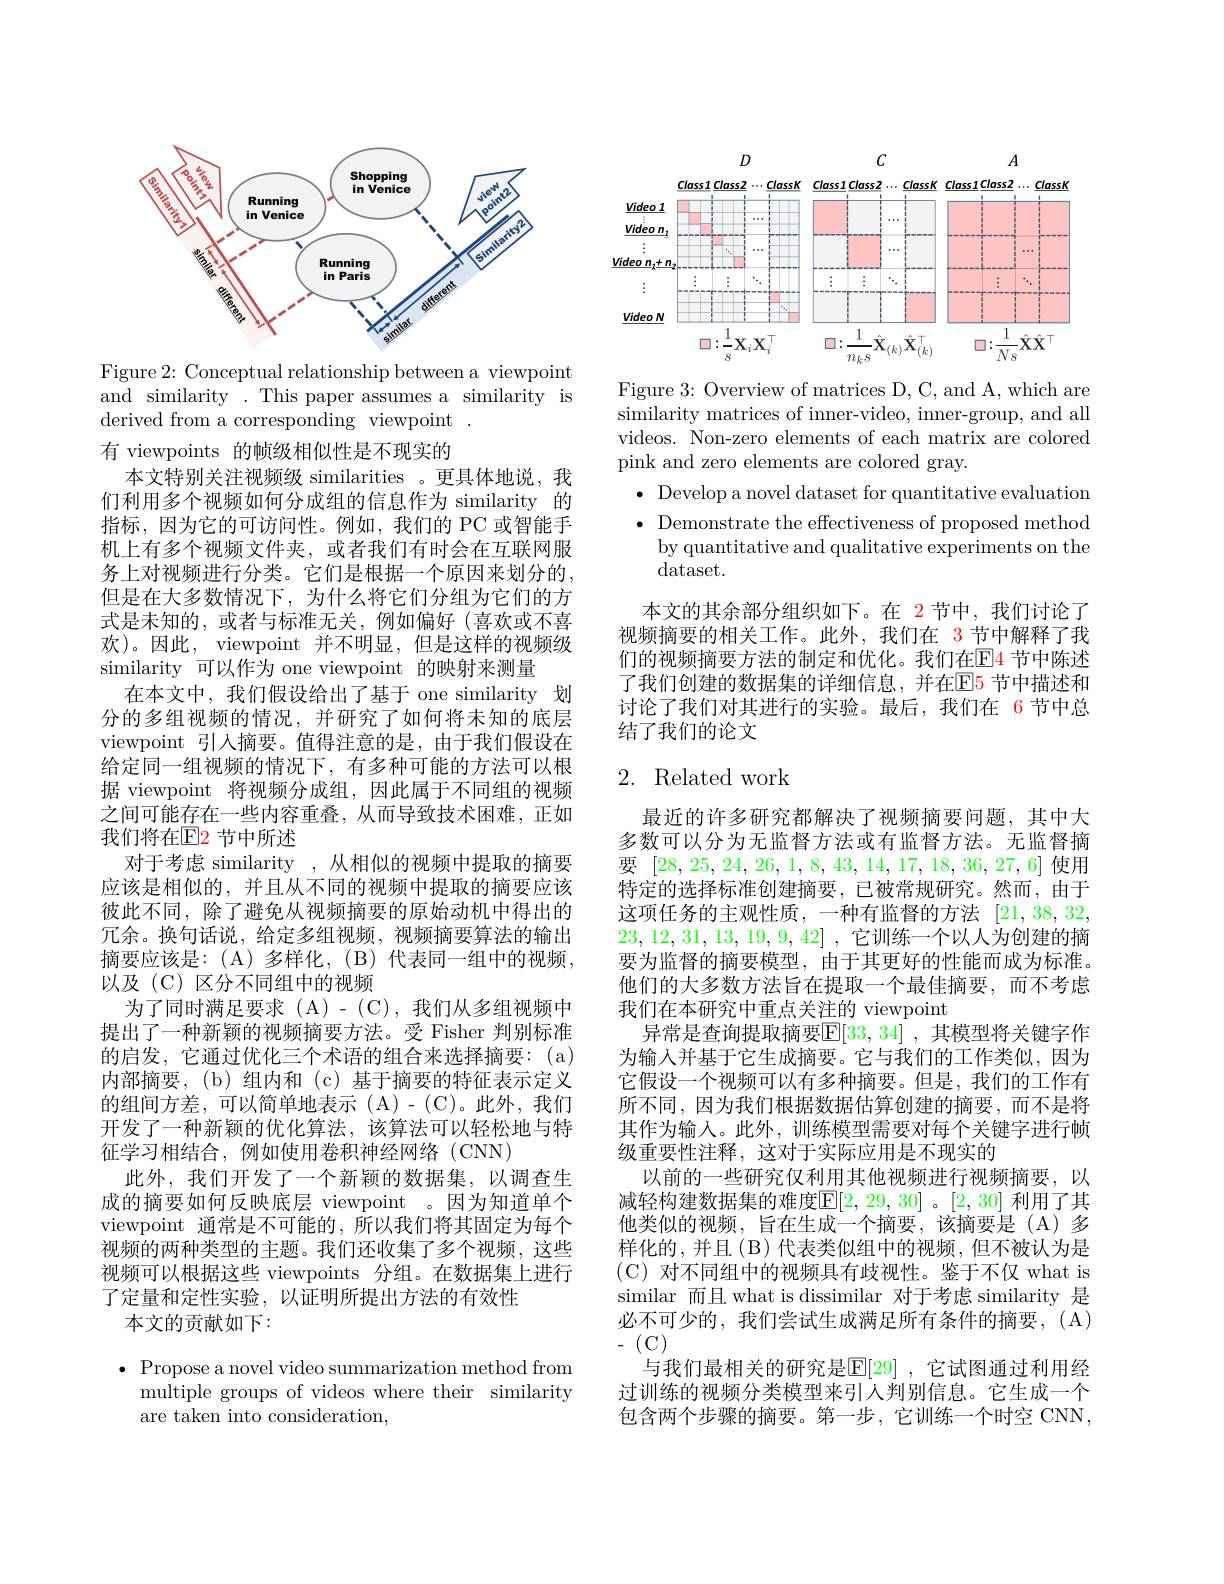
<FigureHere>

Figure 2: Conceptual relationship between a viewpoint and similarity .This paper assumes a similarity is derived from a corresponding viewpoint .

有 viewpoints 的帧级相似性是不现实的
本文特别关注视频级 similarities 。更具体地说，我们利用多个视频如何分成组的信息作为 similarity 的指标，因为它的可访问性。例如，我们的 PC 或智能手机上有多个视频文件夹，或者我们有时会在互联网服务上对视频进行分类。它们是根据一个原因来划分的， 但是在大多数情况下，为什么将它们分组为它们的方式是未知的，或者与标准无关，例如偏好(喜欢或不喜欢)。因此，viewpoint 并不明显，但是这样的视频级similarity 可以作为 one viewpoint 的映射来测量
在本文中，我们假设给出了基于 one similarity 划分的多组视频的情况，并研究了如何将未知的底层viewpoint 引人摘要。值得注意的是，由于我们假设在给定同一组视频的情况下，有多种可能的方法可以根据 viewpoint 将视频分成组，因此属于不同组的视频之间可能存在一些内容重叠，从而导致技术困难，正如我们将在$\overline{\mathrm{E}}$2 节中所述
对于考虑 similarity ,从相似的视频中提取的摘要应该是相似的，并且从不同的视频中提取的摘要应该彼此不同，除了避免从视频摘要的原始动机中得出的冗余。换句话说，给定多组视频，视频摘要算法的输出摘要应该是：(A)多样化，(B)代表同一组中的视频， 以及 (C) 区分不同组中的视频
为了同时满足要求(A)-(C),我们从多组视频中提出了一种新颖的视频摘要方法。受 Fisher 判别标准的启发，它通过优化三个术语的组合来选择摘要：(a) 内部摘要，(b)组内和(c)基于摘要的特征表示定义的组间方差，可以简单地表示(A)-(C)。此外，我们开发了一种新颖的优化算法，该算法可以轻松地与特征学习相结合，例如使用卷积神经网络(CNN)
此外，我们开发了一个新颖的数据集，以调查生成的摘要如何反映底层 viewpoint 。因为知道单个viewpoint 通常是不可能的，所以我们将其固定为每个视频的两种类型的主题。我们还收集了多个视频，这些视频可以根据这些 viewpoints 分组。在数据集上进行了定量和定性实验，以证明所提出方法的有效性
本文的贡献如下：

$\bullet$ Propose a novel video summarization method from ${\mathrm{multiple~groups~of~videos~where~their~similarity}}$ are taken into consideration,

$C$

$A$

$D$

$\underline{Class1}\underline{Class2}\cdots\underline{ClassK}\underline{Class1}\underline{Class2}\cdots\underline{ClassK}\underline{Class1}\underline{Class2}\cdots\underline{ClassK}$
<FigureHere>

Figure 3: Overview of matrices D, C, and A, which are similarity matrices of inner-video, inner-group, and all videos. Non-zero elements of each matrix are colored pink and zero elements are colored gray.
$\bullet$ Develop a novel dataset for quantitative evaluation $\bullet$ Demonstrate the effectiveness of proposed method
by quantitative and qualitative experiments on the
dataset.
本文的其余部分组织如下。在 2节中，我们讨论了视频摘要的相关工作。此外，我们在 3节中解释了我们的视频摘要方法的制定和优化。我们在$\color{red}{\mathrm{E}}\color{blue}{\mathrm{F}}\color{red}{\mathrm{F}}\color{red}{\mathrm{F}}\color{red}{\mathrm{F}}\color{red}{\mathrm{F}}\color{red}{\mathrm{F}}\color{red}{\mathrm{F}}\color{red}{\mathrm{F}}\color{red}{\mathrm{F}}\color{red}{\mathrm{F}}\color\color{red}{\mathrm{F}}{\mathrm{F}}\color{red}{\mathrm{F}}\color{red}{\mathrm{F}}\color{red}{\mathrm{F}}\color{red}{\mathrm{F}}\color{red}{\mathrm{F}}\color{red}{\mathrm{F}}\color{red}{\mathrm{F}}\color{red}{\mathrm{F}}\color(\mathrm{F}{\mathrm{F$ 了我们创建的数据集的详细信息，并在$\mathbb{E}$5 节中描述和讨论了我们对其进行的实验。最后，我们在 6节中总结了我们的论文

## 2. Related work

最近的许多研究都解决了视频摘要问题，其中大多数可以分为无监督方法或有监督方法。无监督摘要[28,25,24,26,1,8,43,14,17,18,36,27,6]使用特定的选择标准创建摘要，已被常规研究。然而，由于这项任务的主观性质，一种有监督的方法[21,38,32, 23,12,31,13,19,9,42] ,它训练一个以人为创建的摘要为监督的摘要模型，由于其更好的性能而成为标准。他们的大多数方法旨在提取一个最佳摘要，而不考虑我们在本研究中重点关注的 viewpoint
异常是查询提取摘要$\boxed{\mathrm{E}[33,34]}$, 其模型将关键字作为输入并基于它生成摘要。它与我们的工作类似，因为它假设一个视频可以有多种摘要。但是，我们的工作有所不同，因为我们根据数据估算创建的摘要，而不是将其作为输入。此外，训练模型需要对每个关键字进行帧级重要性注释，这对于实际应用是不现实的
以前的一些研究仅利用其他视频进行视频摘要，以减轻构建数据集的难度$\mathbb{E}[2,29,30]$。[2,30] 利用了其他类似的视频，旨在生成一个摘要，该摘要是(A)多样化的，并且(B)代表类似组中的视频，但不被认为是$(\mathbb{C})$对不同组中的视频具有歧视性。鉴于不仅 what is similar 而且 what is dissimilar 对于考虑 similarity 是必不可少的，我们尝试生成满足所有条件的摘要，(A) $-(C)$
与我们最相关的研究是$\mathbb{E}[29]$ ,它试图通过利用经过训练的视频分类模型来引人判别信息。它生成一个包含两个步骤的摘要。第一步，它训练一个时空 CNN,